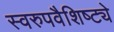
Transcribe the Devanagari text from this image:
स्वरुपवैशिष्ट्ये